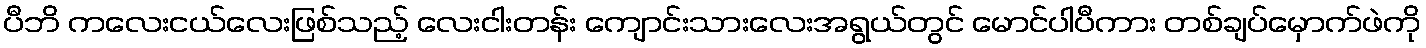
ပီဘိ ကလေးငယ်လေးဖြစ်သည့် လေးငါးတန်း ကျောင်းသားလေးအရွယ်တွင် မောင်ပါပီကား တစ်ချပ်မှောက်ဖဲကို